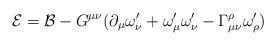
LaTeX: \begin{align*}\mathcal{E=B}-G^{\mu \nu }(\partial _{\mu }\omega _{\nu }^{\prime }+\omega_{\mu }^{\prime }\omega _{\nu }^{\prime }-\Gamma _{\mu \nu }^{\rho }\omega_{\rho }^{\prime }) \end{align*}